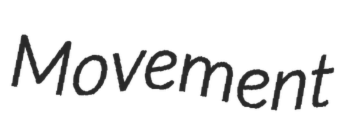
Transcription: Movement